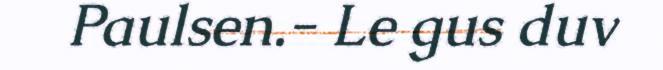
Paulsen.- Le gus duv